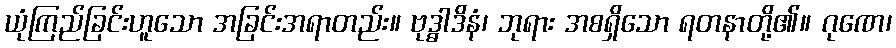
ယုံကြည်ခြင်းဟူသော အခြင်းအရာတည်း။ ဗုဒ္ဓါဒိနံ၊ ဘုရား အစရှိသော ရတနာတို့၏။ ဂုဏေ၊